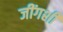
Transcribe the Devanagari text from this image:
जींगशी